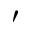
'